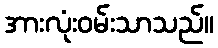
အားလုံးဝမ်းသာသည်။